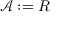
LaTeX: { \mathcal { A } } : = R